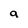
Character: a